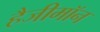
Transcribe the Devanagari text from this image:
हैजीमॉन